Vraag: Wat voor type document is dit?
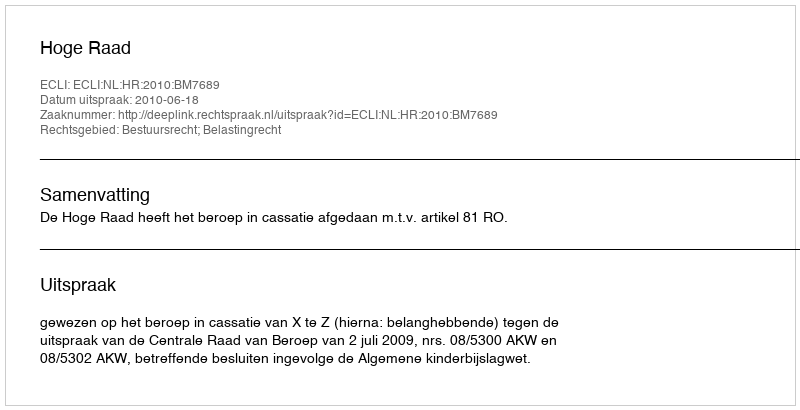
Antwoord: Uitspraak